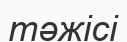
тәжісі